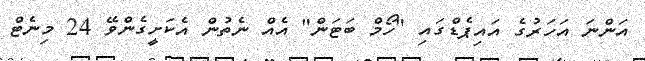
އަންނަ އަހަރުގެ އައިޕެޑްގައި "ހޯމް ބަޓަން" އެއް ނެތުން އެކަށީގެންވޭ 24 މިނެޓް